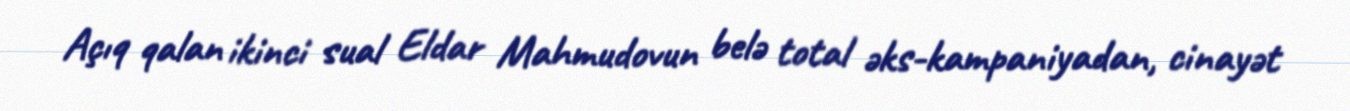
Açıq qalan ikinci sual Eldar Mahmudovun belə total əks-kampaniyadan, cinayət